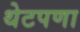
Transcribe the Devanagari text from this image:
थेटपणा